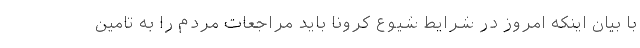
با بیان اینکه امروز در شرایط شیوع کرونا باید مراجعات مردم را به تامین